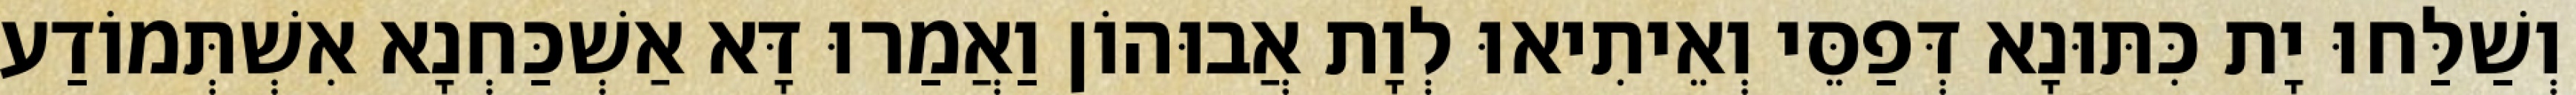
וְשַׁלַּחוּ יָת כִּתּוּנָא דְּפַסֵּי וְאֵיתִיאוּ לְוָת אֲבוּהוֹן וַאֲמַרוּ דָּא אַשְׁכַּחְנָא אִשְׁתְּמוֹדַע